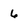
Character: 6